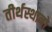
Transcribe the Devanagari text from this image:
तीर्थस्थानो